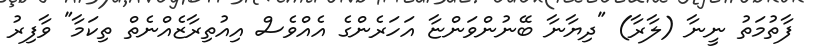
ފާތުމަތު ނީނާ (ލާރާ) "ދިޔާނާ ބޭނުންވަންޏާ އަހަރެންގެ އެއްވެސް އިއުތިރާޒެއްނެތް ތިކަމާ" ވާފިރު